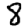
Digit: 8